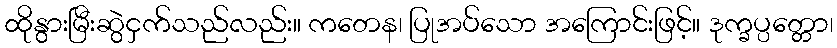
ထိုနွားမြီးဆွဲငှက်သည်လည်း။ ကတေန၊ ပြုအပ်သော အကြောင်းဖြင့်။ ဒုက္ခပ္ပတ္တော၊